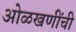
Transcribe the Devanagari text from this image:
ओळखणींची